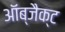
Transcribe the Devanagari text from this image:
ऑब्जैक्ट